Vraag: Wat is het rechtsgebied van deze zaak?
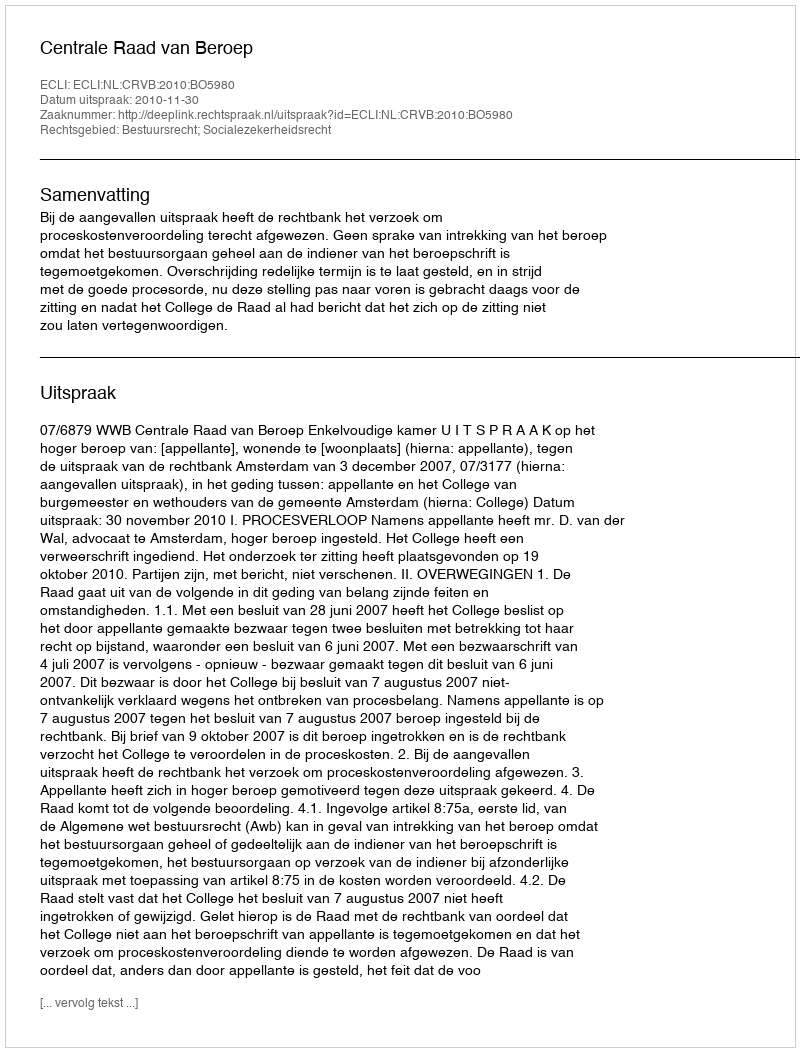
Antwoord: Bestuursrecht; Socialezekerheidsrecht